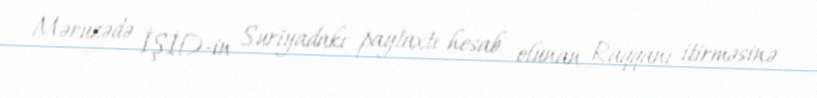
Məruzədə İŞİD-in Suriyadakı paytaxtı hesab olunan Raqqanı itirməsinə